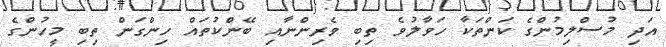
އަދި މުސްލިމުންގެ ކަންތަކާ ހަވާލުވެ ތިބި ވެރިންނާއި ބޭންކުތައް ހިންގަން ތިބި މީހުންގެ